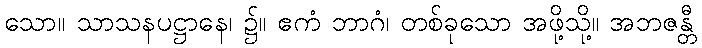
သော။ သာသနပဋ္ဌာနေ၊ ၌။ ဧကံ ဘာဂံ၊ တစ်ခုသော အဖို့သို့။ အဘဇန္တီ